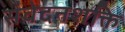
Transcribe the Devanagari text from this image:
संवेदनशक्ति